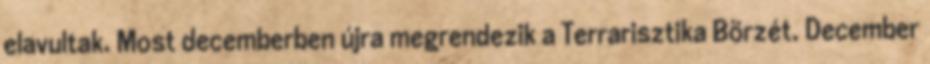
elavultak. Most decemberben újra megrendezik a Terrarisztika Börzét. December